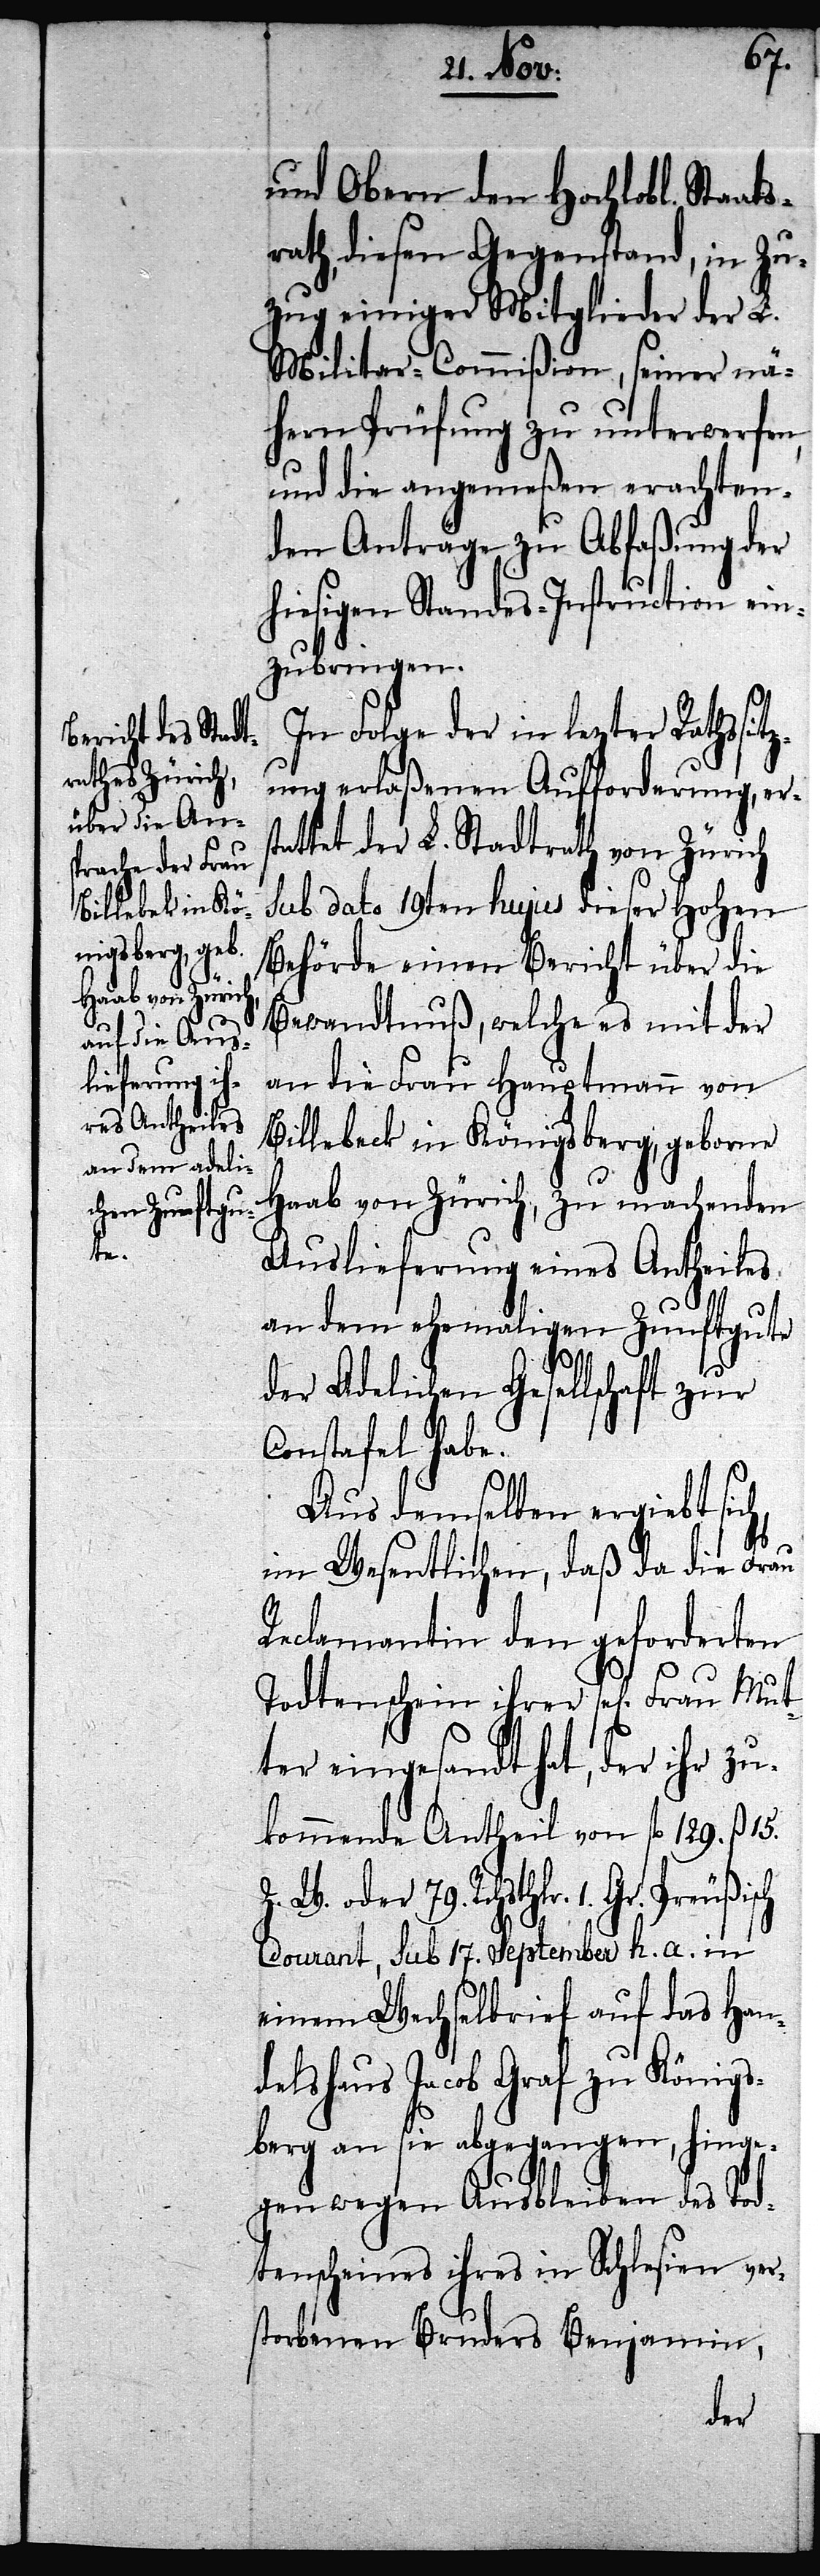
Billebeck [sic!]
nigsberg, geb¬
Mut¬

und Obern den Hochlobl. Staats¬
rath, diesen Gegenstand, in Zu¬
zug einiger Mitglieder der L.
Militar-Commißion, seiner nä¬
hern Prüfung zu unterwerfen,
und die angemeßen erachten¬
den Anträge zu Abfaßung der
hiesigen Standes-Instruction ein¬
zubringen.
In Folge der in lezter Rathssit¬
zung erlaßenen Aufforderung, ers¬
tattet der L. Stadtrath von Zürich
sub dato 19ten hujus dieser Hohen
Behörde einen Bericht über die
Bewandnuß, welche es mit der
an die Frau Hauptmann von
Haab von Zürich, zu machenden
Auslieferung eines Antheiles
an dem ehemaligen Zunftgute
der Adelichen Gesellschaft zur
Constafel habe.
Aus demselben ergiebt sich,
im Wesentlichen, daß da die Frau
Reclamantin den geforderten
Todtenschein ihrer sel[igen] Frau
ter eingesandt hat, der ihr zu¬
kommende Antheil von fl. 129. ß 15.
79. Rchsthlr. 1. Gr. Preußisch
Courant, sub 17. September h. a. in
einem Wechselbrief auf das Han¬
delshaus Jacob Graf zu Königs¬
berg an sie abgegangen, hinge¬
gen wegen Ausbleiben des Tod¬
tenscheines ihres in Schlesien ver¬
storbenen Bruders Benjamin,
oder